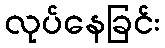
လုပ်နေခြင်း